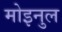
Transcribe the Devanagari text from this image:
मोइनुल